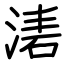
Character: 湱